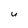
Character: u